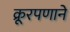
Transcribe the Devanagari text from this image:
क्रूरपणाने